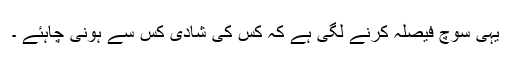
یہی سوچ فیصلہ کرنے لگی ہے کہ کس کی شادی کس سے ہونی چاہئے ۔